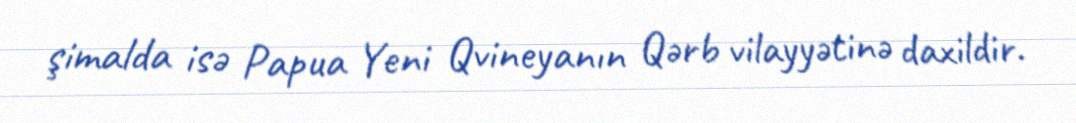
şimalda isə Papua Yeni Qvineyanın Qərb vilayyətinə daxildir.